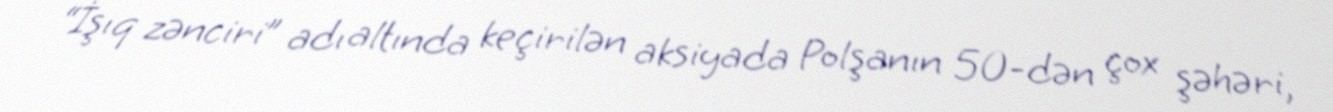
“İşıq zənciri” adı altında keçirilən aksiyada Polşanın 50-dən çox şəhəri,